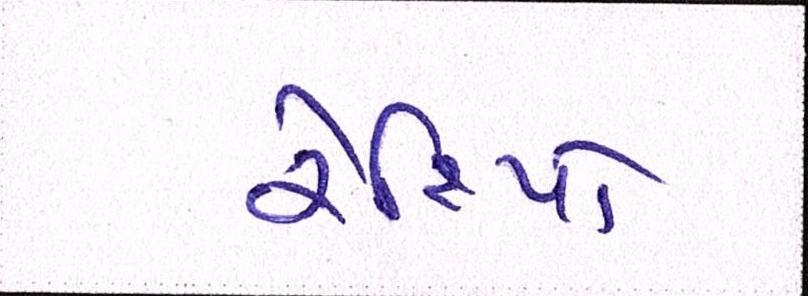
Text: રેશિયો